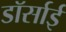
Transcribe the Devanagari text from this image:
डॉर्साई